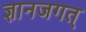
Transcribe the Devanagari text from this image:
ज्ञानजगत्‌